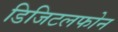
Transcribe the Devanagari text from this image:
डिजिटलफोन